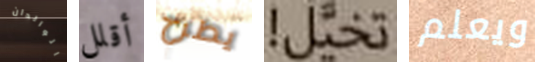
الوالدان أقلل يطرح تخيل! ويعلم